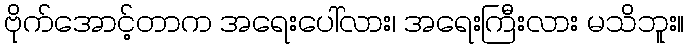
ဗိုက်အောင့်တာက အရေးပေါ်လား၊ အရေးကြီးလား မသိဘူး။